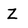
Character: Z